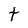
Character: t